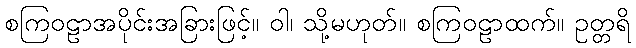
စကြဝဠာအပိုင်းအခြားဖြင့်။ ဝါ၊ သို့မဟုတ်။ စကြဝဠာထက်။ ဥတ္တရိ